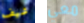
شيف معي